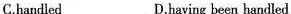
C. handled D. having been handled